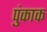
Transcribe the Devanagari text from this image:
पुंकाक